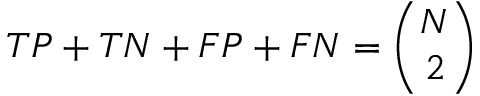
T P + T N + F P + F N = { \binom { N } { 2 } }